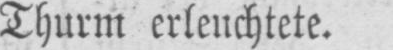
Thurm erleuchtete.